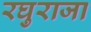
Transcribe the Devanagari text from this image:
रघुराजा